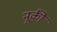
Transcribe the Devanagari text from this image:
नूकी